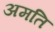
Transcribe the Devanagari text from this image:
अमति